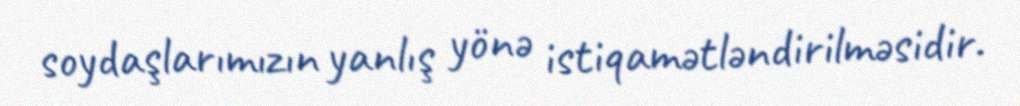
soydaşlarımızın yanlış yönə istiqamətləndirilməsidir.